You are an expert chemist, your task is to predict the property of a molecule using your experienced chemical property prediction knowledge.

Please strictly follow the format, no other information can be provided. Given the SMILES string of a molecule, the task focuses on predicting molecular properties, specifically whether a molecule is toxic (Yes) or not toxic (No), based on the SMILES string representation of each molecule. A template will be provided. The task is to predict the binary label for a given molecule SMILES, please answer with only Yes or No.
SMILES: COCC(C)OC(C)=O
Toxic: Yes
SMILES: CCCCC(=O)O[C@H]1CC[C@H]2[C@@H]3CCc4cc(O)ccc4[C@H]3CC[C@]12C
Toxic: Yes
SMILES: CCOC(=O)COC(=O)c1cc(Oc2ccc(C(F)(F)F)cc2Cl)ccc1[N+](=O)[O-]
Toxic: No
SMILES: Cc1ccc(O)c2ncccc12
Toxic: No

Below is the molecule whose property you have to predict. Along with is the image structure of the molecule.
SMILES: O=C1CCCCCN1
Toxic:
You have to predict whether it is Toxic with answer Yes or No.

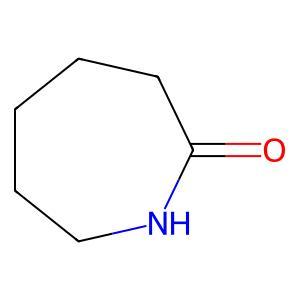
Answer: No